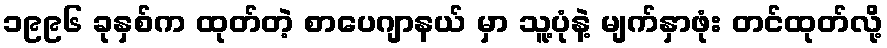
၁၉၉၆ ခုနှစ်က ထုတ်တဲ့ စာပေဂျာနယ် မှာ သူ့ပုံနဲ့ မျက်နှာဖုံး တင်ထုတ်လို့